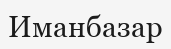
Иманбазар